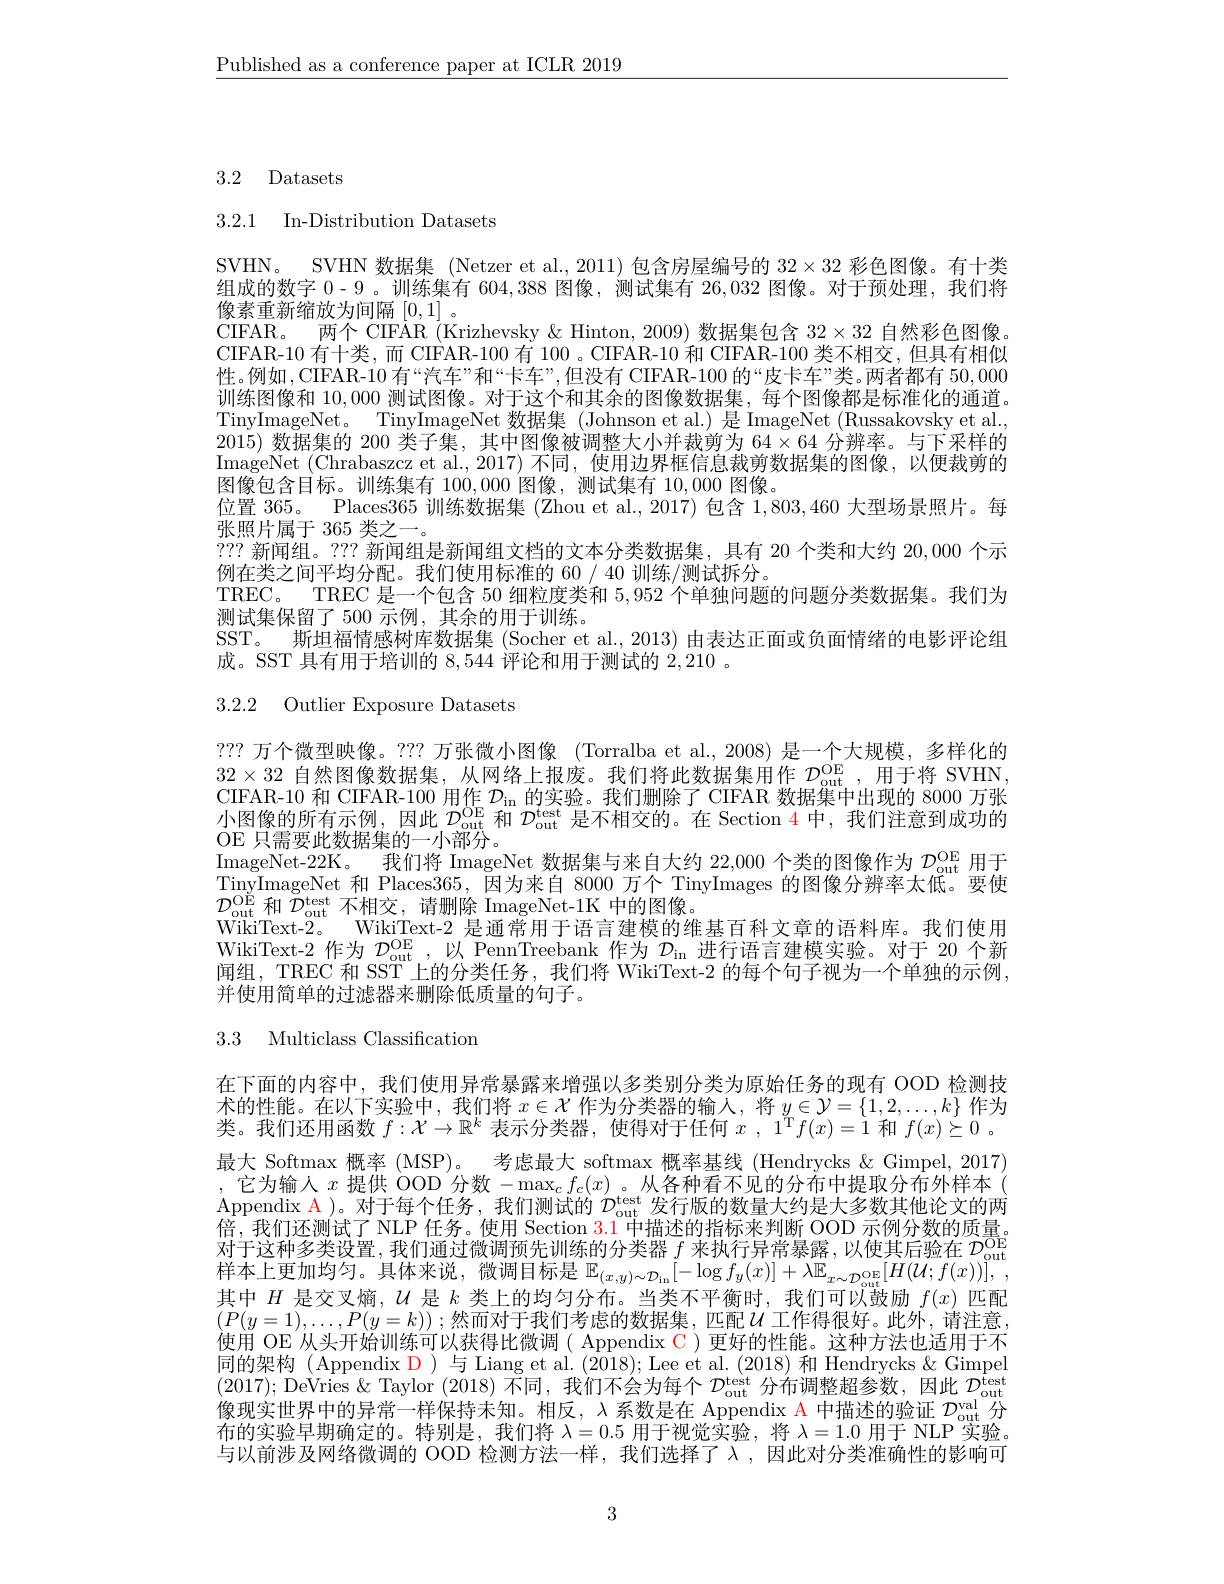
$\underline{\text{Published as a conference paper at ICLR 2019}}$

# 3.2 Datasets

3.2.1 In-Distribution Datasets

SVHN。SVHN 数据集 (Netzer et al., 2011) 包含房屋编号的$32\times32$彩色图像。有十类组成的数字0-9 。训练集有 604,388图像，测试集有 26,032图像。对于预处理，我们将像素重新缩放为间隔[0,1]。
CIFAR。两个 CIFAR (Krizhevsky & Hinton, 2009) 数据集包含$32\times32$自然彩色图像CIFAR-10 有十类，而 CIFAR-100 有 100 。CIFAR-10 和 CIFAR-100 类不相交，但具有相似性。例如，CIFAR-10 有“汽车”和“卡车”,但没有 CIFAR-100 的“皮卡车”类。两者都有 50,000训练图像和10，000测试图像。对于这个和其余的图像数据集，每个图像都是标准化的通道。TinyImageNet。TinyImageNet 数据集 (Johnson et al.)是 ImageNet (Russakovsky et al., 2015) 数据集的 200 类子集，其中图像被调整大小并裁剪为$64\times64$分辨率。与下采样的ImageNet (Chrabaszcz et al.,2017)不同，使用边界框信息裁剪数据集的图像，以便裁剪的图像包含目标。训练集有100，000图像，测试集有10，000图像。
位置 365。Places365训练数据集 (Zhou et al., 2017) 包含1，803,460大型场景照片。每
张照片属于 365 类之一。
??? 新闻组。??? 新闻组是新闻组文档的文本分类数据集，具有 20 个类和大约 20,000个示
例在类之间平均分配。我们使用标准的 60 / 40 训练/测试拆分。
TREC。TREC 是一个包含 50 细粒度类和5，952个单独问题的问题分类数据集。我们为
测试集保留了 500 示例，其余的用于训练。
SST。斯坦福情感树库数据集 (Socher et al., 2013) 由表达正面或负面情绪的电影评论组
成。SST 具有用于培训的8，544评论和用于测试的2，210 。

3.2.2 Outlier Exposure Datasets

???万个微型映像。??? 万张微小图像 (Torralba et al., 2008) 是一个大规模，多样化的

$32\times32$ 自然图像数据集，从网络上报废。我们将此数据集用作 $\mathcal{D}_\mathrm{out}^\mathrm{OE}$,用于将 SVHN

$\begin{array}{l}\text{CIFAR-10 和 CIFAR-100 用作 }\mathcal{D}_{\mathrm{in}}\text{ 的实验。我们删除了 CIFAR 数据集中出现的 8000 万张}\\\text{小图像的所有示例，因此 }\mathcal{D}_{\mathrm{out}}^{\mathrm{OE}}\text{ 和 }\mathcal{D}_{\mathrm{out}}^{\mathrm{test}}\text{ 是不相交的。在 Section 4 中，我们注意到成功的}\end{array}$

OE 只需要此数据集的一小部分。

ImageNet-22K。我们将 ImageNet 数据集与来自大约 22,000 个类的图像作为$\mathcal{D}_\mathrm{out}^\mathrm{OE}$用于

TinyImageNet 和 Places365,因为来自 8000 万个 TinyImages 的图像分辨率太低。要使

$\mathcal{D}_{\mathrm{out}}^{\mathrm{OE}}$和 $\mathcal{D}_\mathrm{out}^\mathrm{test}$ 不相交，请删除 ImageNet-1K 中的图像。

WikiText-2。WikiText-2 是通常用于语言建模的维基百科文章的语料库。我们使用

WikiText-2 作为$\mathcal{D}_\mathrm{out}^\mathrm{OE}$,以 PennTreebank 作为$\mathcal{D}_\mathrm{in}$进行语言建模实验。对于 20 个新

闻组，TREC 和 SST 上的分类任务，我们将 WikiText-2 的每个句子视为一个单独的示例，

并使用简单的过滤器来删除低质量的句子。

3.3 Multiclass Classification

在下面的内容中，我们使用异常暴露来增强以多类别分类为原始任务的现有 OOD 检测技术的性能。在以下实验中，我们将$x\in\mathcal{X}$作为分类器的输人，将$y\in\mathcal{Y}=\{1,2,\ldots,k\}$作为类。我们还用函数$f:\mathcal{X}\to\mathbb{R}^k$表示分类器，使得对于任何$x$ , $1^Tf( x) = \dot{1}$和$f( x) \succeq 0$ . 最大 Softmax 概率 (MSP)。考虑最大 softmax 概率基线 (Hendrycks &Gimpel, 2017) ,它为输入$x$提供 OOD 分数$-\max_cf_c(x)$。从各种看不见的分布中提取分布外样本( Appendix $\color{red}{\mathrm{A}}$)。对于每个任务，我们测试的$\mathcal{D}_\mathrm{out}^\mathrm{test}$发行版的数量大约是大多数其他论文的两对于这种多类设置，我们通过微调预先训练的分类器$f$来执行异常暴露，以使其后验在$\mathcal{D}_\mathrm{out}^\mathrm{OE}$ 其中$H$是交叉熵，$U$是$k$类上的均匀分布。当类不平衡时，我们可以鼓励$f(x)$匹配$(P(y=1),\ldots,P(y=k));$然而对于我们考虑的数据集，匹配$\mathcal{U}$工作得很好。此外，请注意使用 OE 从头开始训练可以获得比微调( Appendix C) 更好的性能。这种方法也适用于不同的架构(Appendix D)与Liang et al.(2018); Lee et al.(2018) 和 Hendrycks $\&$ Gimpel (2017); DeVries $\&$ Taylor (2018) 不同，我们不会为每个$D_\mathrm{out}^\mathrm{test}$分布调整超参数，因此$\mathcal{D}_\mathrm{out}^\mathrm{test}$ 像现实世界中的异常一样保持未知。相反，$\lambda$系数是在 Appendix A 中描述的验证$\mathcal{D}_\mathrm{out}^\mathrm{val}$分布的实验早期确定的。特别是，我们将$\lambda=0.5$用于视觉实验，将$\lambda=1.0$用于 NLP 实验。与以前涉及网络微调的 OOD 检测方法一样，我们选择了$\lambda$,因此对分类准确性的影响可

3